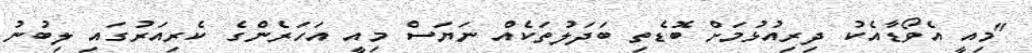
"މިއީ އެވޯޑާއެކު ދިރިއުޅުމަށް ބޮޑެތި ބަދަލުތަކެއް ނަޔަސް މިއީ އަހަރެންގެ ކެރިއަރުގައި ލިބުނު